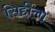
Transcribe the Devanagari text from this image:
सिद्दीला